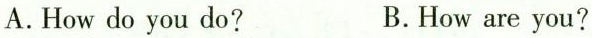
A.How do you do? B.How are you?